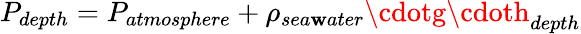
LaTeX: P_{depth}=P_{atmosphere}+\rho_{sea\mathbf{w}ater}\cdotg\cdoth_{depth}